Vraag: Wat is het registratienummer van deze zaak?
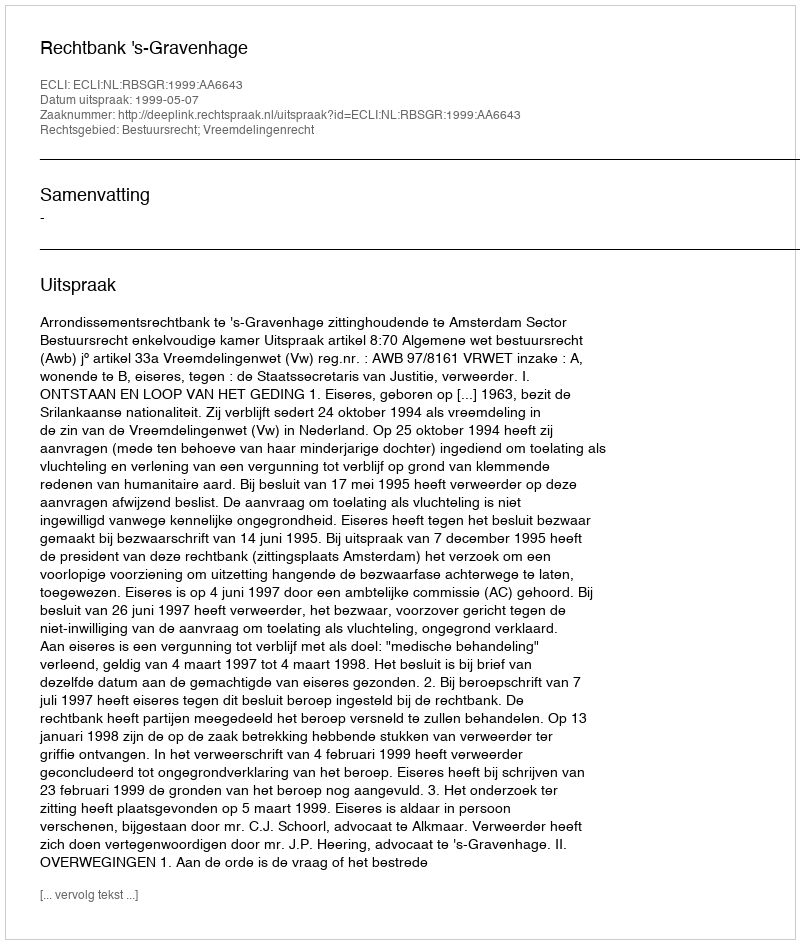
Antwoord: http://deeplink.rechtspraak.nl/uitspraak?id=ECLI:NL:RBSGR:1999:AA6643